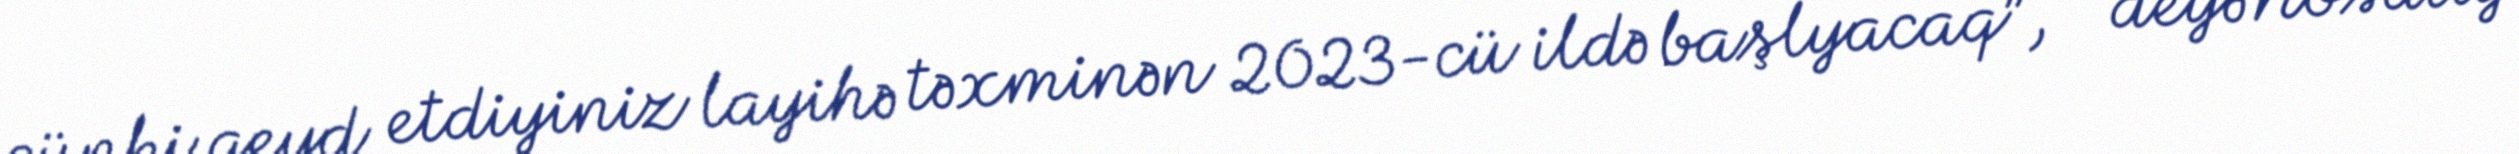
çünki qeyd etdiyiniz layihə təxminən 2023-cü ildə başlyacaq”, - deyə Nosatiy